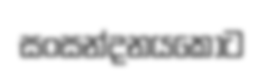
සංසන්දනයකොට